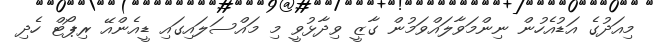
މިއަދުގެ އަޑުއެހުން ނިންމަވާލައްވަމުން ގާޒީ ވިދާޅުވީ މި މައްސަލައިގައި ޑީއެންއޭ ރިޕޯޓް ހެދި